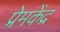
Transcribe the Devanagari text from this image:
प्रेमकेंद्र